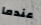
عندما